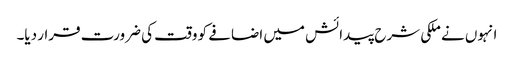
انہوں نے ملکی شرح پیدائش میں اضافے کو وقت کی ضرورت قرار دیا۔